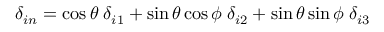
\delta _ { i n } = \cos \theta \; \delta _ { i 1 } + \sin \theta \cos \phi \; \delta _ { i 2 } + \sin \theta \sin \phi \; \delta _ { i 3 }